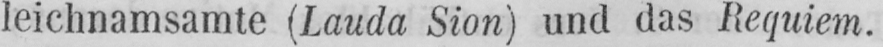
leichnamsamte (Lauda Sion) und das Requiem.